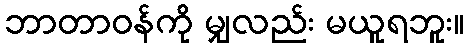
ဘာတာဝန်ကို မျှလည်း မယူရဘူး။